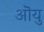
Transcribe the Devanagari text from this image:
ऒयु